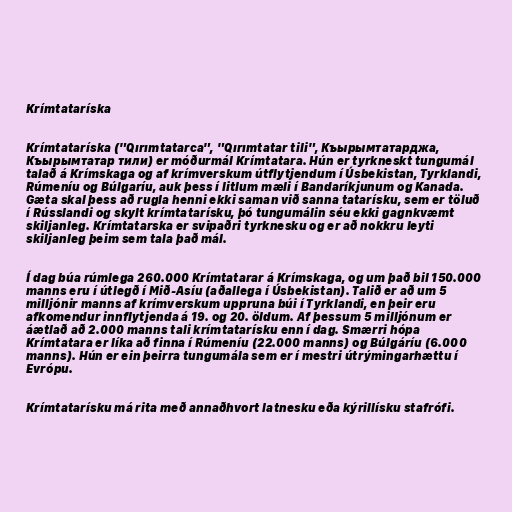
Krímtataríska

Krímtataríska ("Qırımtatarca", "Qırımtatar tili", Къырымтатарджа,
Къырымтатар тили) er móðurmál Krímtatara. Hún er tyrkneskt tungumál
talað á Krímskaga og af krímverskum útflytjendum í Úsbekistan, Tyrklandi,
Rúmeníu og Búlgaríu, auk þess í litlum mæli í Bandaríkjunum og Kanada.
Gæta skal þess að rugla henni ekki saman við sanna tatarísku, sem er töluð
í Rússlandi og skylt krímtatarísku, þó tungumálin séu ekki gagnkvæmt
skiljanleg. Krímtatarska er svipaðri tyrknesku og er að nokkru leyti
skiljanleg þeim sem tala það mál.

Í dag búa rúmlega 260.000 Krímtatarar á Krímskaga, og um það bil 150.000
manns eru í útlegð í Mið-Asíu (aðallega í Úsbekistan). Talið er að um 5
milljónir manns af krímverskum uppruna búi í Tyrklandi, en þeir eru
afkomendur innflytjenda á 19. og 20. öldum. Af þessum 5 milljónum er
áætlað að 2.000 manns tali krímtatarísku enn í dag. Smærri hópa
Krímtatara er líka að finna í Rúmeníu (22.000 manns) og Búlgáríu (6.000
manns). Hún er ein þeirra tungumála sem er í mestri útrýmingarhættu í
Evrópu.

Krímtatarísku má rita með annaðhvort latnesku eða kýrillísku stafrófi.